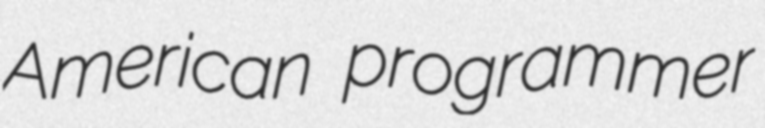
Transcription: American programmer